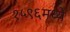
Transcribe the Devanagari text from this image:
१५९६मध्ये